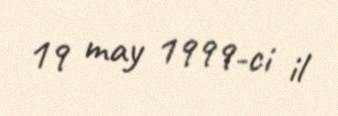
19 may 1999-ci il